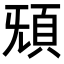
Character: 𩑬